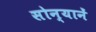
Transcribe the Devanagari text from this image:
सोन्यानें